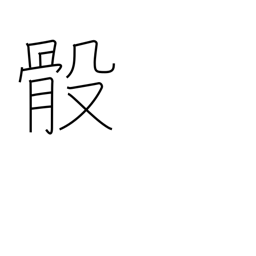
Meaning: bones